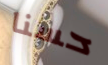
حسنا